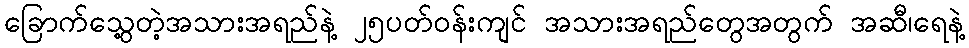
ခြောက်သွေ့တဲ့အသားအရည်နဲ့ ၂၅ပတ်ဝန်းကျင် အသားအရည်တွေအတွက် အဆီ၊ရေနဲ့